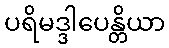
ပရိမဒ္ဒါပေန္တိယာ